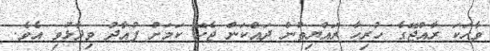
ވާހަކަ ރާއްޖޭގެ ހުރިހާ ރައްޔިތުން ދައްކަން ޖެހޭ ކަމަށް ފުއާދު ވިދާޅުވި އެވެ.